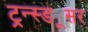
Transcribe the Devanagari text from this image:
ट्रन्स्ड्यूसर